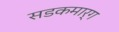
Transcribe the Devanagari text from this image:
सडकमार्ग